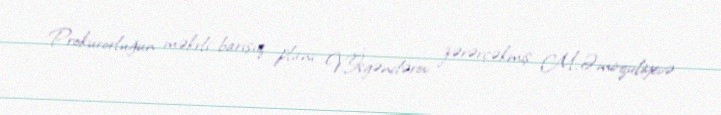
Prokurorluğun məkrli barışıq planı V.İsgəndərov zərərçəkmiş M.Əmirquliyevə